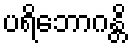
ပရိဘောဂန္တိ